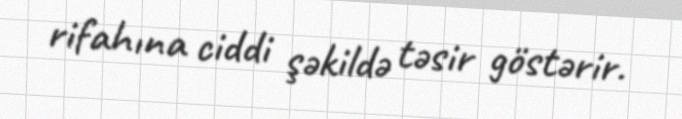
rifahına ciddi şəkildə təsir göstərir.